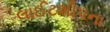
લાઈટશીપના